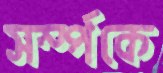
সর্ম্পকে